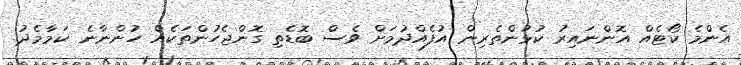
އެންމެ ކޯޓެއް އޮންނައިރު ކުޅުންތެރިން އުފެއްދުމަށް ވެސް ބޮޑެތި ގޮންޖެހުންތަކެއް ހުންނާނެ ކަމާމެދު